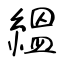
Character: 縕